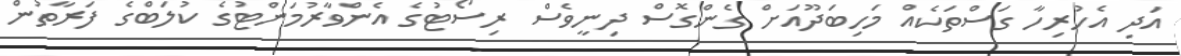
އަދި އެހުރިހާ ގަސްތަކެއް މަހިބަދޫއަށް ގެންގޮސް ދިނީވެސް ރިސޯޓުގެ އެންވާރުމަންޓުގެ ކުލަބްގެ ފަރާތުން